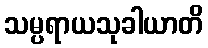
သမ္ပရာယသုခါယာတိ